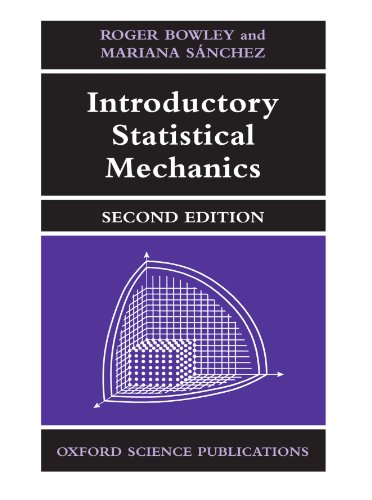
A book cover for Introductory Statistical Mechanics; Roger Bowley; Science & Math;